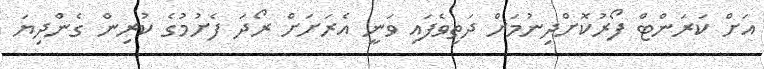
އަށް ކަރަންޓް ފޯރުކޮށްދިނުމަށް ދަތިވެފައި ވަނީ އެރަށަށް ރޯދަ ފެށުމުގެ ކުރިން ގެންދިޔަ